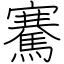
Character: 騫